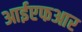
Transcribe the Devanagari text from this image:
आईएफआर